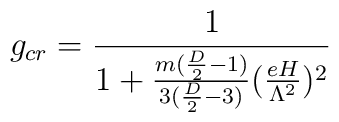
g_{cr} = \frac{1}{1 + \frac{m(\frac{D}{2}-1)}{3(\frac{D}{2}-3)}(\frac{eH}{\Lambda^2})^2}